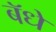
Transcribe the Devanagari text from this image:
बॅधे